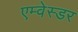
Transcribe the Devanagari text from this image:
एम्वेस्डर